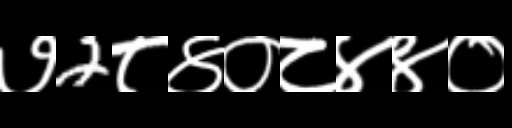
Text: ७2८४०८४४०